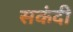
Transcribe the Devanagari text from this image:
सकंदी